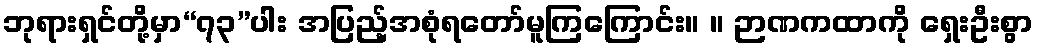
ဘုရားရှင်တို့မှာ“၇၃”ပါး အပြည့်အစုံရတော်မူကြကြောင်း။ ။ ဉာဏကထာကို ရှေးဦးစွာ